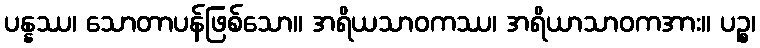
ပန္နဿ၊ သောတာပန်ဖြစ်သော။ အရိယသာဝကဿ၊ အရိယာသာဝကအား။ ပဉ္စ၊